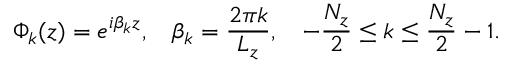
\small \Phi _ { k } ( z ) = e ^ { i \beta _ { k } z } , \quad \beta _ { k } = \frac { 2 \pi k } { L _ { z } } , \quad - \frac { N _ { z } } { 2 } \leq k \leq \frac { N _ { z } } { 2 } - 1 .